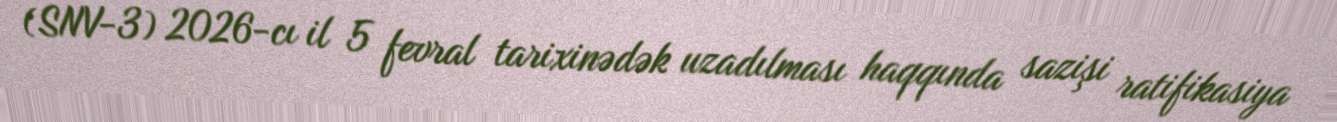
(SNV-3) 2026-cı il 5 fevral tarixinədək uzadılması haqqında sazişi ratifikasiya